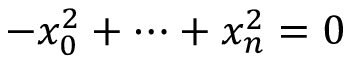
- x _ { 0 } ^ { 2 } + \cdots + x _ { n } ^ { 2 } = 0